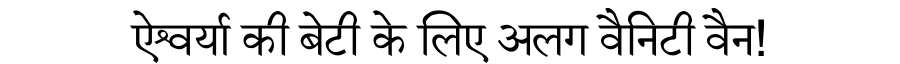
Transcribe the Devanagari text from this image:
ऐश्वर्या की बेटी के लिए अलग वैनिटी वैन!